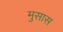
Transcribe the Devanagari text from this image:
मुसास